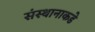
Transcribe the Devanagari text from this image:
संस्थानाकडे